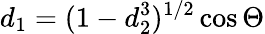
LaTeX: d_{1}=(1-d_{2}^{3})^{1/2}\cos\Theta